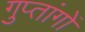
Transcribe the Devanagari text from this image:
गुप्‍तांगों